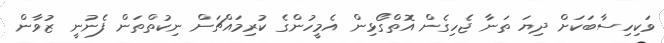
ވަކިހިސާބަކަށް ދިޔަ ތަނާ ޖެހިގެން އޮތްގޯޅިން އެމީހުންގެ ކުރިމައްޗަށް ނިކުތްތަން ފެނުނީ ޒުވާން